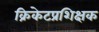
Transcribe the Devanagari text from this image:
क्रिकेटप्रशिक्षक